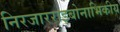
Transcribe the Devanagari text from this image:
निरजारराइबोनाभिकीय